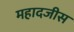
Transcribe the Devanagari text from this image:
महादजीस